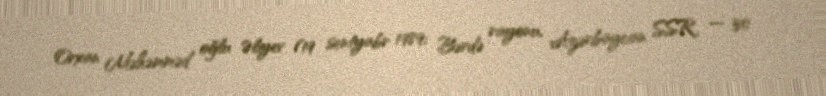
Orxan Məhəmməd oğlu Əliyev (19 sentyabr 1989; Bərdə rayonu, Azərbaycan SSR — 30